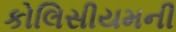
કોલિસીયમની